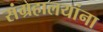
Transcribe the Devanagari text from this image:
संग्रहालयांना